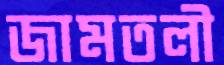
জামতলী